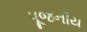
પૂજનીય